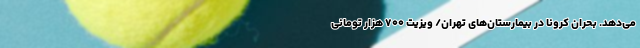
می‌دهد. بحران کرونا در بیمارستان‌های تهران/ ویزیت ۷۰۰ هزار تومانی